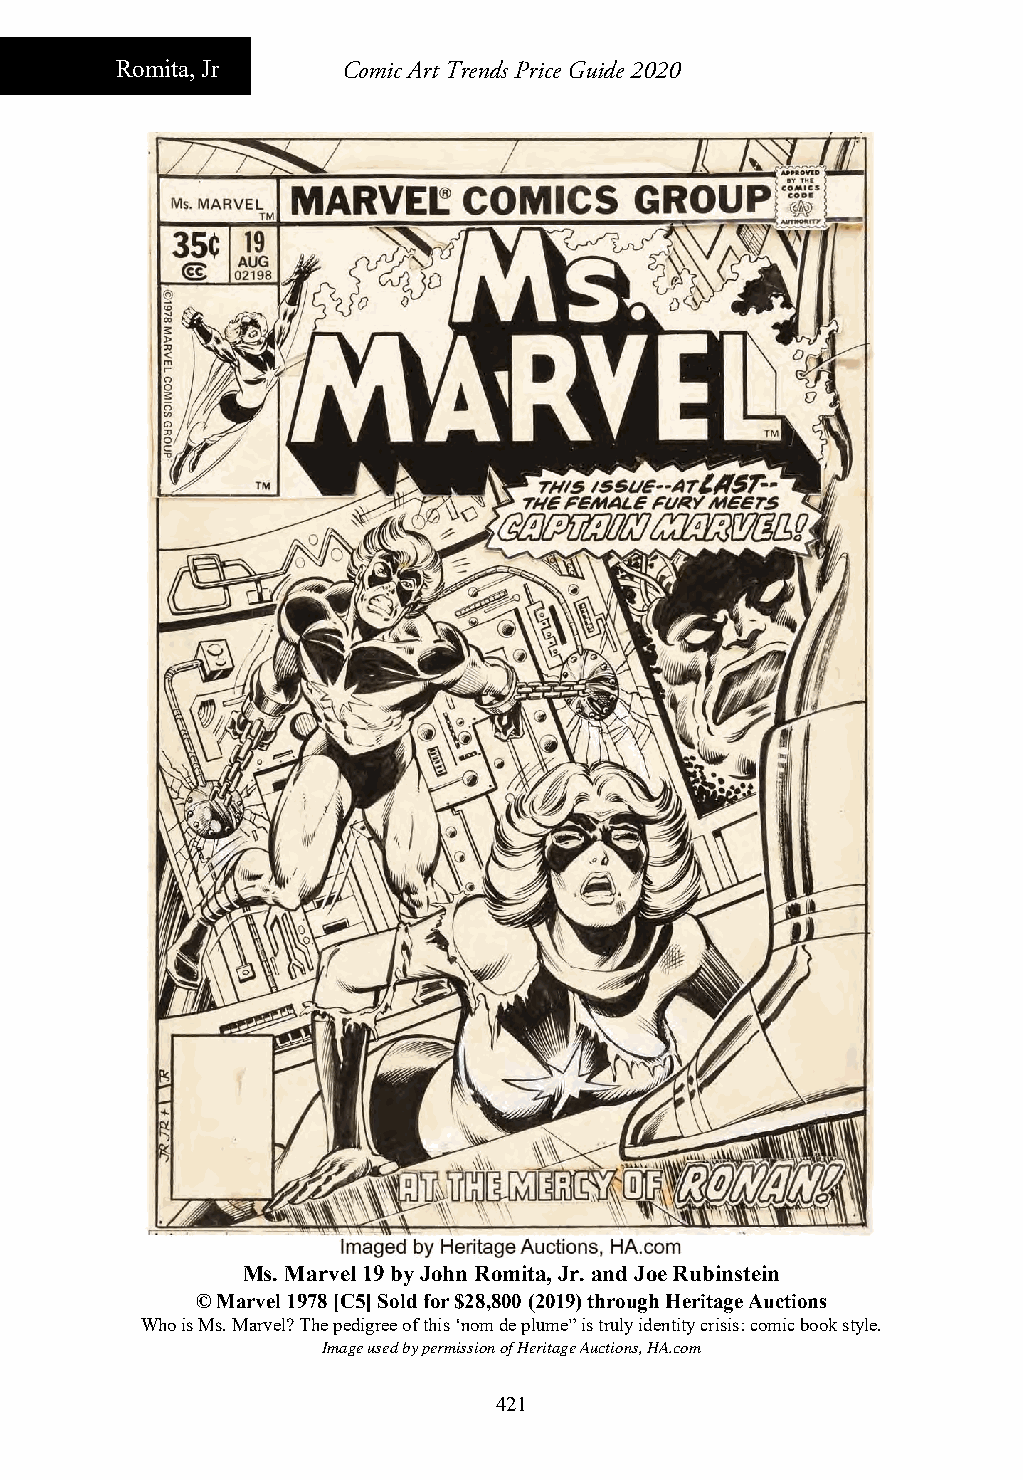
Romita, Jr     Comic Art Trends Price Guide 2020
 Ms. Marvel 19 by John Romita, Jr. and Joe Rubinstein
 © Marvel 1978 [C5] Sold for $28,800 (2019) through Heritage Auctions
 Who is Ms. Marvel? The pedigree of this ‘nom de plume” is truly identity crisis: comic book style.
 Image used by permission of Heritage Auctions, HA.com
 421